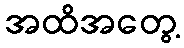
အထိအတွေ့